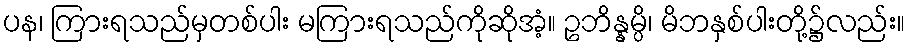
ပန၊ ကြားရသည်မှတစ်ပါး မကြားရသည်ကိုဆိုအံ့။ ဥဘိန္နမ္ပိ၊ မိဘနှစ်ပါးတို့၌လည်း။